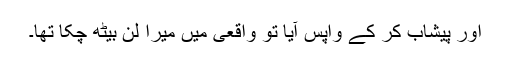
اور پیشاب کر کے واپس آیا تو واقعی میں میرا لن بیٹھ چکا تھا۔